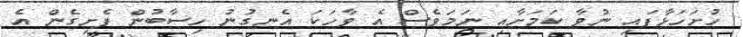
ހުށަހަޅާފައި ނުވާ ކަމަށާއި ނަމަވެސް އެ ވާހަކަ އެނގުނު ހިސާބުން ފެށިގެން އެ